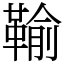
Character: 䩱